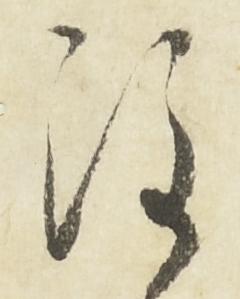
注